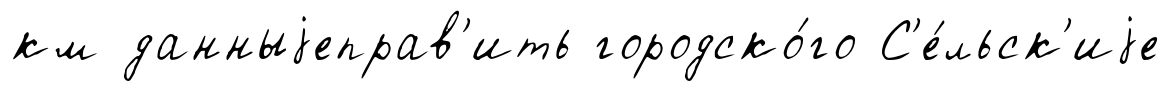
км данныjеправ'ить городско́го С'е́льск'иjе